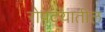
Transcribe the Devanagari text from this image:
रोपटय़ातील